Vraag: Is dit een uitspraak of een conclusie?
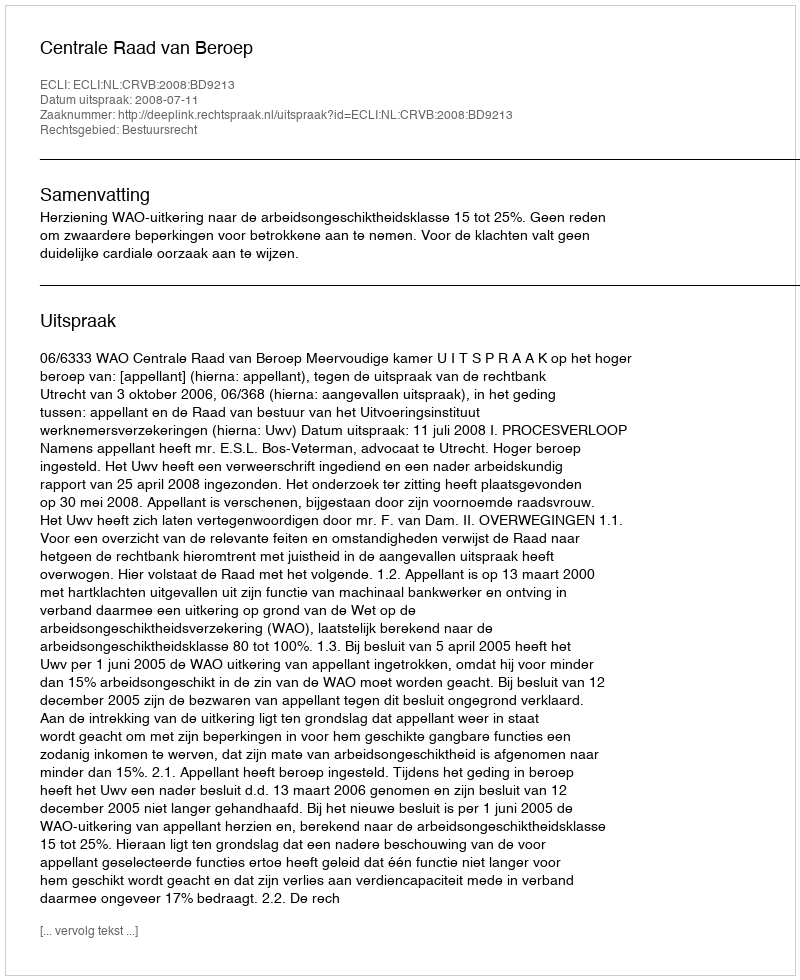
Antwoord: Uitspraak